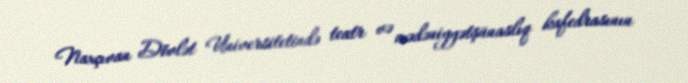
Naxçıvan Dövlət Universitetində teatr və mədəniyyətşünaslıq kafedrasının